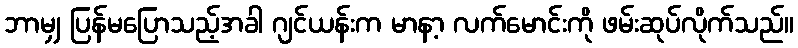
ဘာမျှ ပြန်မပြောသည့်အခါ ဂျင်ယန်းက မာနာ့ လက်မောင်းကို ဖမ်းဆုပ်လိုက်သည်။